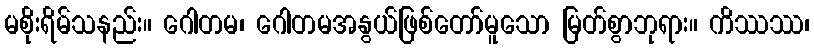
မစိုးရိမ်သနည်း။ ဂေါတမ၊ ဂေါတမအနွယ်ဖြစ်တော်မူသော မြတ်စွာဘုရား။ ကိဿဿ၊